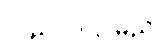
လည်ပတ်ပါမည်